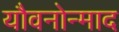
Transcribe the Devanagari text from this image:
यौवनोन्माद